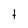
Character: t